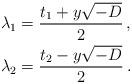
LaTeX: \begin{align*}\lambda_1 &= \frac{t_1+ y\sqrt{-D}}{2}\,,\\\lambda_2 &= \frac{t_2- y\sqrt{-D}}{2}\,.\end{align*}